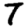
Digit: 7